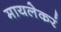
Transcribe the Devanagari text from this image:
मायलेकरं